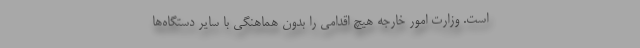
است. وزارت امور خارجه هیچ اقدامی را بدون هماهنگی با سایر دستگاه‌ها